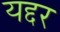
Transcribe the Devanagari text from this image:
यद्दर